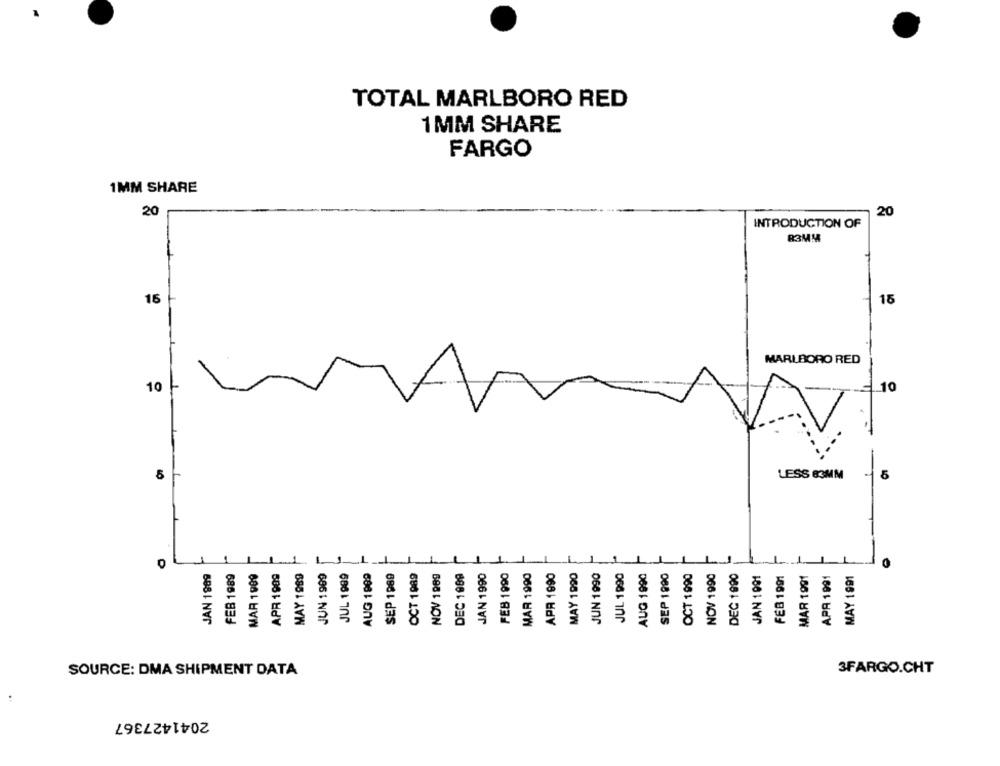
TOTAL MARLBORO RED
1MM SHARE
FARGO
1MM SHARE
20
20
INTRODUCTION OF
R3MM
16
15
MARLBORO RED
10
10
5
LESS 83MM 5
JAN 1989
FEB 1989
MAR 1009
APR 1909
MAY 1989
JUN 1909
JUL 1989
AUG 1999
SEP 1989
OCT 1989
NOV 1989
DEC 1989
JAN 1990
FEB 1990
MAR 1990
APR 1990
MAY 1990
JUN 1990
JUL 1990
AUG 1990
SEP 1990
OCT 1990
NOV 1990
DEC 1990
FEB 1991
MAR 1991
APR 1991
0
JAN 1091
MAY 1991
SOURCE: DMA SHIPMENT DATA
3FARGO.CHT
2041427367